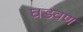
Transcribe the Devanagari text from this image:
घडवण